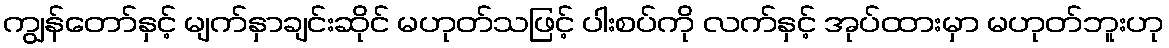
ကျွန်တော်နှင့် မျက်နှာချင်းဆိုင် မဟုတ်သဖြင့် ပါးစပ်ကို လက်နှင့် အုပ်ထားမှာ မဟုတ်ဘူးဟု